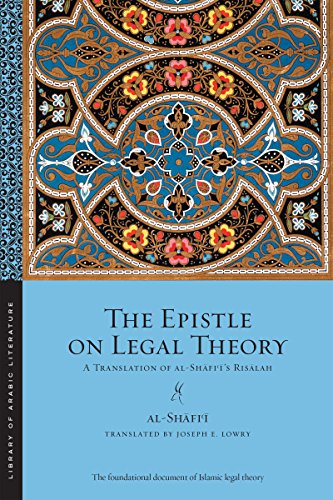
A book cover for The Epistle on Legal Theory: A Translation of Al-Shafii's Risalah (Library of Arabic Literature); Muhammad ibn Idris al-Shafii; Law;